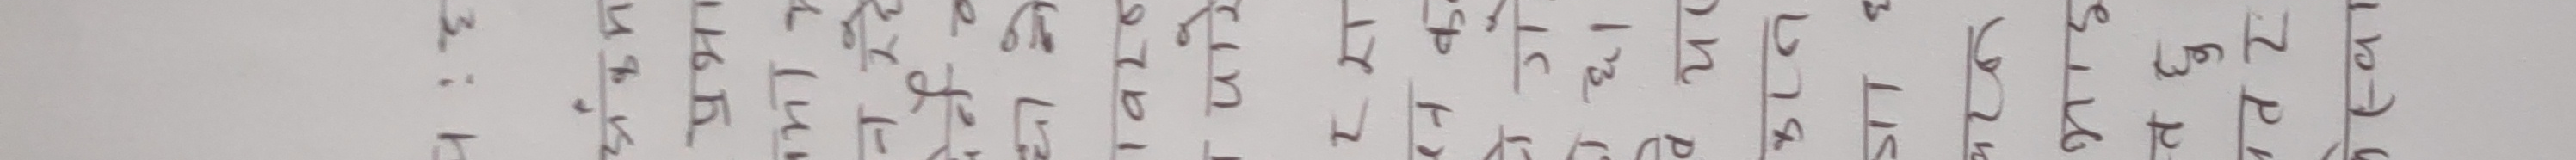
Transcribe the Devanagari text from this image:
३.
१.
प्रज्ञा
वर्ष
लका
नेने
म
पु
रा

अ
आ
इ
ई
उ
ऊ
ऋ
ए
ऐ
ओ
औ
अं
अः

अ
आ
इ
ई
उ
ऊ
ऋ
ए
ऐ
ओ
औ
अं
अः

प्रति
वर
शय
ले
का
नेपाल
नेत्र
मन
पुष्प
राज

१
२
३
४
५
६
७
८
९
१०